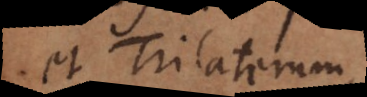
et Trilaterum,